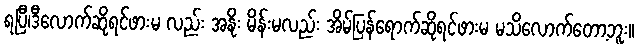
ရပြီ၊ဒီလောက်ဆိုရင်ဖားမ လည်း အနိုး မိန်းမလည်း အိမ်ပြန်ရောက်ဆိုရင်ဖားမ မသိလောက်တော့ဘူး။